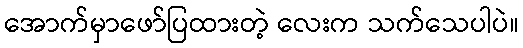
အောက်မှာဖော်ပြထားတဲ့ လေးက သက်သေပါပဲ။